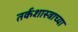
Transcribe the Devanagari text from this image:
तर्कशास्त्राच्या